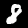
Digit: 8